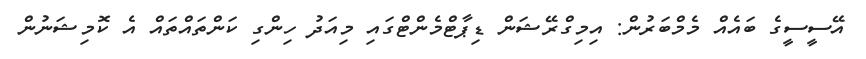
އޭސީސީގެ ބައެއް މެމްބަރުން: އިމިގްރޭޝަން ޑިޕާޓްމެންޓްގައި މިއަދު ހިންގި ކަންތައްތައް އެ ކޮމިޝަނުން